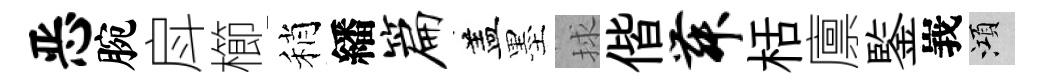
恶腕戽櫛稍繙篇盖墨捄偕舞栝廪鍳峩澒